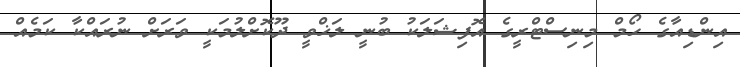
އިންޑިއާގެ ހޯމް މިނިސްޓްރީގެ އޮފިޝަލަކު ބުނީ ލަޚްވީ ދޫކޮށްލުމަކީ ވަރަށް ނުރައްކާ ކަމެއް